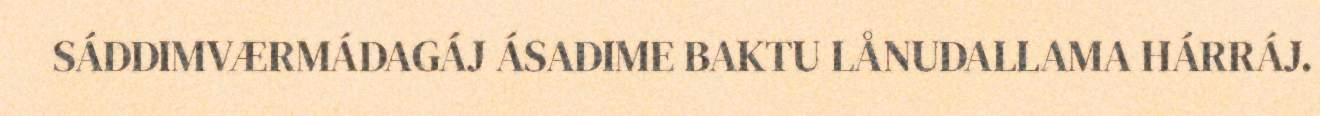
SÁDDIMVÆRMÁDAGÁJ ÁSADIME BAKTU LÅNUDALLAMA HÁRRÁJ.